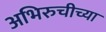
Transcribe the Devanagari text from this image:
अभिरुचीच्या